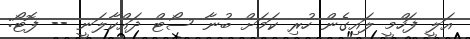
އަލީ ފަހްމީ ލައިގެން ހުރި ކަމަށް ބުނާ ސޯޓް ދައްކާލަނީ -- ފޮޓޯ: